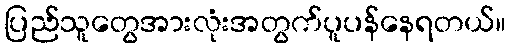
ပြည်သူတွေအားလုံးအတွက်ပူပန်နေရတယ်။